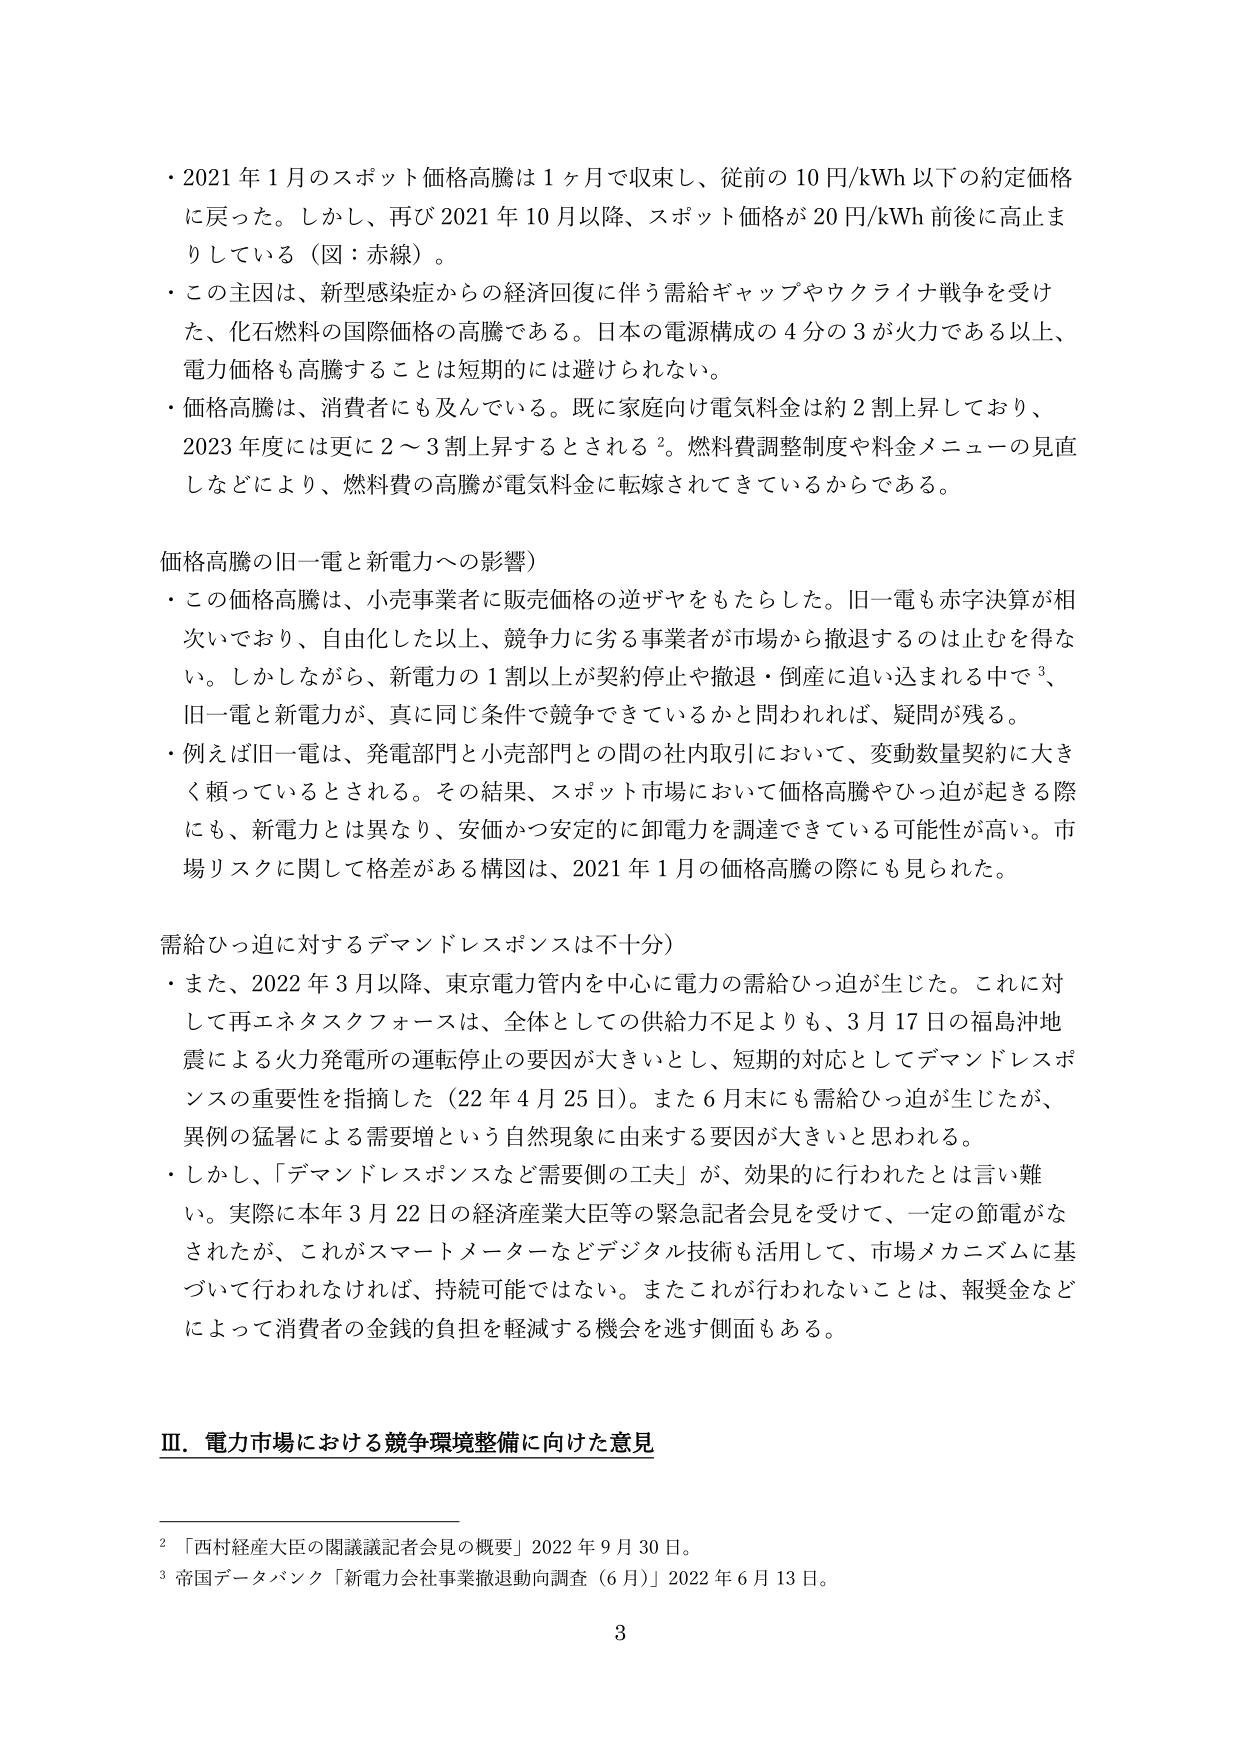
・2021年1月のスポット価格高騰は1ヶ月で収束し、従前の10円/kWh以下の約定価格に戻った。しかし、再び2021年10月以降、スポット価格が20円/kWh前後に高止まりしている（図：赤線）。

・この主因は、新型感染症からの経済回復に伴う需給ギャップやウクライナ戦争を受けた、化石燃料の国際価格の高騰である。日本の電源構成の4分の3が火力である以上、電力価格も高騰することは短期的には避けられない。

・価格高騰は、消費者にも及んでいる。既に家庭向け電気料金は約2割上昇しており、2023年度には更に2～3割上昇するとされる²。燃料費調整制度や料金メニューの見直しなどにより、燃料費の高騰が電気料金に転嫁されてきているからである。

価格高騰の旧一電と新電力への影響）

・この価格高騰は、小売事業者に販売価格の逆ザヤをもたらした。旧一電も赤字決算が相次いでおり、自由化した以上、競争力に劣る事業者が市場から撤退するのは止むを得ない。しかしながら、新電力の1割以上が契約停止や撤退・倒産に追い込まれる中で³、旧一電と新電力が、真に同じ条件で競争できているかと問われれば、疑問が残る。

・例えば旧一電は、発電部門と小売部門との間の社内取引において、変動数量契約に大きく頼っているとされる。その結果、スポット市場において価格高騰やひっ迫が起きる際にも、新電力とは異なり、安価かつ安定的に卸電力を調達できている可能性が高い。市場リスクに関して格差がある構図は、2021年1月の価格高騰の際にも見られた。

需給ひっ迫に対するデマンドレスポンスは不十分）

・また、2022年3月以降、東京電力管内を中心に電力の需給ひっ迫が生じた。これに対して再エネタスクフォースは、全体としての供給力不足よりも、3月17日の福島沖地震による火力発電所の運転停止の要因が大きいとし、短期的対応としてデマンドレスポンスの重要性を指摘した（22年4月25日）。また6月末にも需給ひっ迫が生じたが、異例の猛暑による需要増という自然現象に由来する要因が大きいと思われる。

・しかし、「デマンドレスポンスなど需要側の工夫」が、効果的に行われたとは言い難い。実際に本年3月22日の経済産業大臣等の緊急記者会見を受けて、一定の節電がなされたが、これがスマートメーターなどデジタル技術も活用して、市場メカニズムに基づいて行われなければ、持続可能ではない。またこれが行われないことは、報奨金などによって消費者の金銭的負担を軽減する機会を逃す側面もある。

Ⅲ．電力市場における競争環境整備に向けた意見

²「西村経産大臣の閣議議記者会見の概要」2022年9月30日。

³帝国データバンク「新電力会社事業撤退動向調査（6月）」2022年6月13日。

3